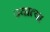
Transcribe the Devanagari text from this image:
ज्यात्या